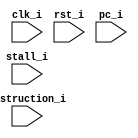
module profile (
    input clk_i,
    input rst_i,
    input stall_i,
    input [32-1:0] pc_i,
    input [32-1:0] instruction_i
);


// core_bench_list()
// core_list_find()
// matrix_mul_matrix_vitextract()
// core_state_transition()
// crcu16()

(* mark_debug = "true" *) reg [64-1:0] total_cycle_counter,core_init_state_counter;
(* mark_debug = "true" *) reg [64-1:0] core_bench_list_counter;
(* mark_debug = "true" *) reg [64-1:0] core_list_find_counter;
(* mark_debug = "true" *) reg [64-1:0] matrix_mul_matrix_vitextract_counter;
(* mark_debug = "true" *) reg [64-1:0] core_state_transition_counter;
(* mark_debug = "true" *) reg [64-1:0] crcu16_counter;

localparam [3-1:0] S_MAIN_INIT = 3'b000, S_MAIN_WAIT = 3'b001,
                   S_MAIN_READ = 3'b010, S_MAIN_DONE = 3'b011;

reg [3-1:0] P,P_next;
reg [3-1:0] function_collected;






always @(posedge clk_i ) begin
    if(rst_i)begin
        P <= S_MAIN_INIT;
    end
    else begin
        P <= P_next;
    end

end

always @(posedge clk_i ) begin
    case(P)
        S_MAIN_INIT:
            P_next <= S_MAIN_WAIT;
        S_MAIN_WAIT:
            P_next <= S_MAIN_READ;
        S_MAIN_READ:
            P_next <= (function_collected == 'd5)? S_MAIN_DONE : S_MAIN_READ;
        S_MAIN_DONE:
            P_next <= S_MAIN_INIT;
    endcase

end

(* mark_debug = "true" *) wire total_cycle_flag,core_init_state_flag,core_bench_list_flag,core_list_find_flag,core_state_transition_flag,matrix_mul_matrix_vitextract_flag,crcu16_flag;

(* mark_debug = "true" *) reg startsignal,endsignal;
always @(posedge clk_i ) begin
    if(rst_i)begin
        startsignal <= 0;
        endsignal <= 0;
    end
    else begin
        if(pc_i == 32'h00001088) begin
            startsignal <= 1;
        end
        if(pc_i == 32'h00003750)begin
            endsignal <= 1;
        end

    end
end


assign total_cycle_flag = ( startsignal && !endsignal);
assign core_init_state_flag = (pc_i >= 32'h000028b0 && pc_i <= 32'h000029f4 && total_cycle_flag);
assign core_bench_list_flag = (pc_i >= 32'h00001ed8 && pc_i <= 32'h0000210c && total_cycle_flag);
assign core_list_find_flag = (pc_i >= 32'h000001d10 && pc_i <= 32'h00001d64 && total_cycle_flag);
assign core_state_transition_flag =  (pc_i >= 32'h000029f8 && pc_i <= 32'h00002d10 && total_cycle_flag);
assign matrix_mul_matrix_vitextract_flag = (pc_i >= 32'h00002658 && pc_i <= 32'h00002714 && total_cycle_flag);
assign crcu16_flag = (pc_i >= 32'h00001a00 && pc_i <= 32'h00001a2c && total_cycle_flag);
            



always @(posedge clk_i ) begin
    if(rst_i)begin
        total_cycle_counter <= 0;
        core_init_state_counter <= 0;
        core_bench_list_counter <= 0;
        core_list_find_counter <= 0;
        core_state_transition_counter <= 0;
        matrix_mul_matrix_vitextract_counter <= 0;
        crcu16_counter <= 0;
    end
    else begin
        if(total_cycle_flag)total_cycle_counter <= total_cycle_counter + 'd1;
        if(core_init_state_flag)core_init_state_counter <= core_init_state_counter + 'd1;
        if(core_bench_list_flag)core_bench_list_counter <= core_bench_list_counter + 'd1;
        if(core_list_find_flag)core_list_find_counter <= core_list_find_counter + 1;
        if(core_state_transition_flag)core_state_transition_counter <= core_state_transition_counter + 1;
        if(matrix_mul_matrix_vitextract_flag) matrix_mul_matrix_vitextract_counter <= matrix_mul_matrix_vitextract_counter + 1;
        if(crcu16_flag)crcu16_counter <= crcu16_counter + 1;
    end
end








wire [32-1 : 0] rv32_instr = instruction_i;
wire [ 6 : 0]     opcode = rv32_instr[6: 0];

wire opcode_4_2_000 = (opcode[4: 2] == 3'b000);
wire opcode_6_5_00 = (opcode[6: 5] == 2'b00);
wire opcode_6_5_01 = (opcode[6: 5] == 2'b01);

wire rv32_load = opcode_6_5_00 & opcode_4_2_000;    // LOAD opcode
wire rv32_store = opcode_6_5_01 & opcode_4_2_000;   // STORE opcode
wire memory_flag = ( rv32_load || rv32_store );


(* mark_debug = "true" *) reg [32-1:0] core_bench_list_counter_memory;
(* mark_debug = "true" *) reg [32-1:0] core_list_find_counter_memory;
(* mark_debug = "true" *) reg [32-1:0] matrix_mul_matrix_vitextract_counter_memory;
(* mark_debug = "true" *) reg [32-1:0] core_state_transition_counter_memory;
(* mark_debug = "true" *) reg [32-1:0] crcu16_counter_memory;

// (* mark_debug = "true" *) reg [32-1:0] core_bench_list_counter_mem_stall;
// (* mark_debug = "true" *) reg [32-1:0] core_list_find_counter_mem_stall;
// (* mark_debug = "true" *) reg [32-1:0] matrix_mul_matrix_vitextract_counter_mem_stall;
// (* mark_debug = "true" *) reg [32-1:0] core_state_transition_counter_mem_stall;
// (* mark_debug = "true" *) reg [32-1:0] crcu16_counter_mem_stall;


(* mark_debug = "true" *) reg [32-1:0] core_bench_list_counter_stall;
(* mark_debug = "true" *) reg [32-1:0] core_list_find_counter_stall;
(* mark_debug = "true" *) reg [32-1:0] matrix_mul_matrix_vitextract_counter_stall;
(* mark_debug = "true" *) reg [32-1:0] core_state_transition_counter_stall;
(* mark_debug = "true" *) reg [32-1:0] crcu16_counter_stall;




always @(posedge clk_i ) begin
    if(rst_i)begin
        
        core_bench_list_counter_memory <= 0;
        core_list_find_counter_memory <= 0;
        core_state_transition_counter_memory <= 0;
        matrix_mul_matrix_vitextract_counter_memory <= 0;
        crcu16_counter_memory <= 0;

        
        core_bench_list_counter_stall <= 0;
        core_list_find_counter_stall <= 0;
        core_state_transition_counter_stall <= 0;
        matrix_mul_matrix_vitextract_counter_stall <= 0;
        crcu16_counter_stall <= 0;


        // core_bench_list_counter_mem_stall <= 0;
        // core_list_find_counter_mem_stall <= 0;
        // core_state_transition_counter_mem_stall <= 0;
        // matrix_mul_matrix_vitextract_counter_mem_stall <= 0;
        // crcu16_counter_mem_stall <= 0;
    end
    else begin
        
        if(core_bench_list_flag && memory_flag  )core_bench_list_counter_memory <= core_bench_list_counter_memory + 'd1;
        if(core_list_find_flag && memory_flag  )core_list_find_counter_memory <= core_list_find_counter_memory + 1;
        if(core_state_transition_flag && memory_flag )core_state_transition_counter_memory <= core_state_transition_counter_memory + 1;
        if(matrix_mul_matrix_vitextract_flag && memory_flag ) matrix_mul_matrix_vitextract_counter_memory <= matrix_mul_matrix_vitextract_counter_memory + 1;
        if(crcu16_flag && memory_flag )crcu16_counter_memory <= crcu16_counter_memory + 1;
    end
    
    if (stall_i) begin
        
        if(core_bench_list_flag && !memory_flag )core_bench_list_counter_stall <= core_bench_list_counter_stall + 'd1;
        if(core_list_find_flag && !memory_flag )core_list_find_counter_stall <= core_list_find_counter_stall + 1;
        if(core_state_transition_flag && !memory_flag )core_state_transition_counter_stall <= core_state_transition_counter_stall + 1;
        if(matrix_mul_matrix_vitextract_flag && !memory_flag ) matrix_mul_matrix_vitextract_counter_stall <= matrix_mul_matrix_vitextract_counter_stall + 1;
        if(crcu16_flag && !memory_flag  )crcu16_counter_stall <= crcu16_counter_stall + 1;

        

    end
    
    
end









    
endmodule